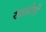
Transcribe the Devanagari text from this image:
खाशोगी